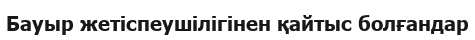
Бауыр жетіспеушілігінен қайтыс болғандар